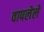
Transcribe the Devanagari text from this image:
वापलेले